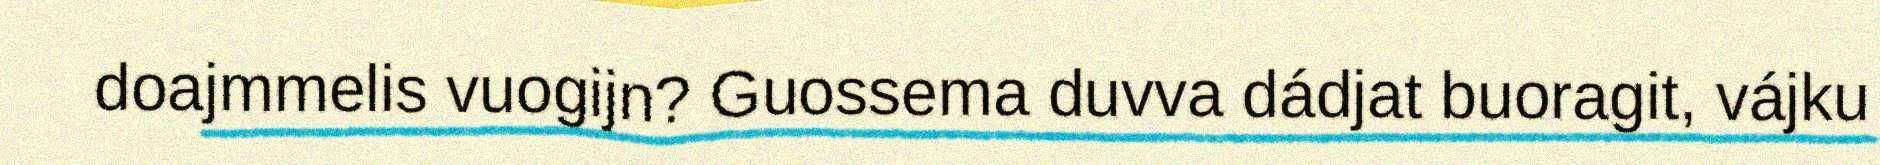
doajmmelis vuogijn? Guossema duvva dádjat buoragit, vájku